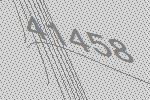
41458